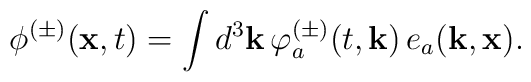
\phi^{(\pm)}({\bf x}, t) = \int d^3 {\bf k}  \,\varphi_a^{(\pm)}(t, {\bf k})\,e_a({\bf k},{\bf x}).